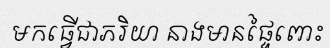
មកធ្វើជាភរិយា នាងមានផ្ទៃពោះ